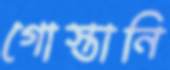
গোস্তানি